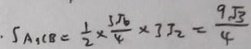
S _ { A } , C B = \frac { 1 } { 2 } \times \frac { 3 \sqrt { 6 } } { 4 } \times 3 \sqrt { 2 } = \frac { 9 \sqrt { 3 } } { 4 }